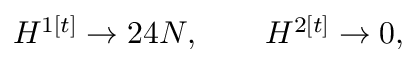
H ^ { 1 [ t ] } \rightarrow 2 4 N , \qquad H ^ { 2 [ t ] } \rightarrow 0 ,